Newspaper: The true northerner. [volume]
Place of publication: Paw Paw, Mich.
Publisher: John B. Butler
Date: 1875-07-09 00:00:00
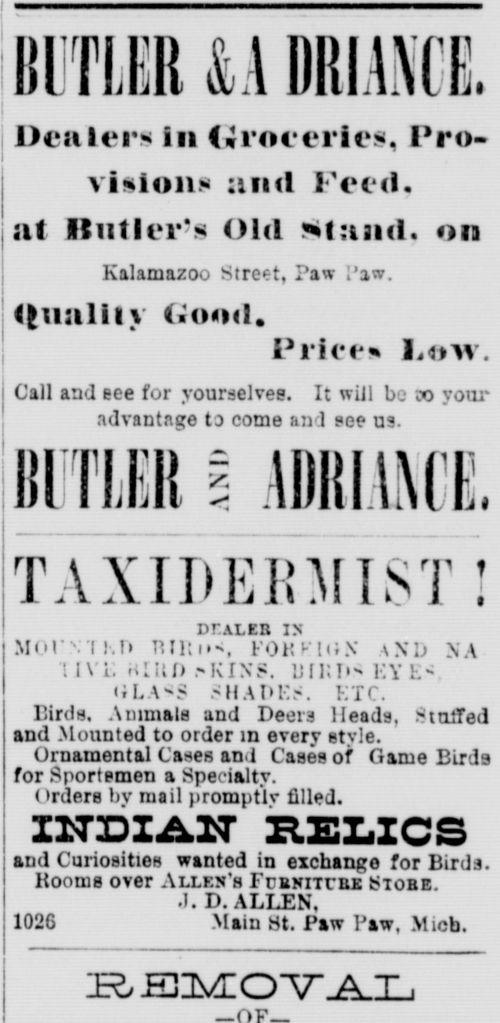
Advertisement text (OCR):
, iii si: li Dealers in Groceries1 iro- vlslons ami Peed, at Butler's old ittaad, on Kalamazoo street, Paw .'aw. Quality GrSJdtda PHcea LnM Call and see fur yourselves. It will bj co youi advantage to come an 1 see us TAXIDEBMIST ! Dr.ALEB IN MorNThH RtRiK, ifOHFKIN iNO N A rXVK HZttO KINS. UIKT 1 '. Y 1. DLA99 -ham:.-. ETC. Bird a, Annaall and Doom Heads. tulTed and Mounted to order in every style. Ornamental Cases an. I Cases of Game Birds for Sportsmen a Spe -ialty. I rders by mail promptly tilled. XITDXAXT RELICS and Curiosities wanted in exchange for Pir.l.i. Rooms over Allen's FraNiTrBE Store J. D. ALLEN. 1026 Mam St. Paw I'aw. Mich. BUTLER U DRIANC1
Label: text-only